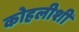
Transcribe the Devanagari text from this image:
कोहलीशी